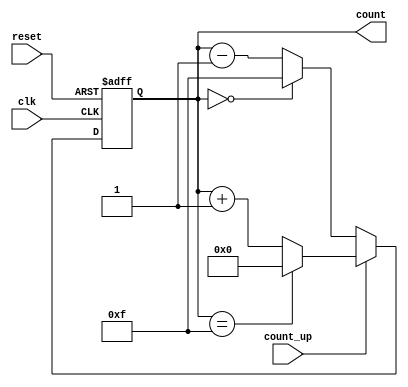
module multi_bit_counter #(
    parameter N = 4 // Bit width of the counter
) (
    input wire clk,              // Clock signal
    input wire reset,            // Asynchronous reset signal
    input wire count_up,         // Control signal to count up or down
    output reg [N-1:0] count     // N-bit counter output
);

// Maximum count value based on bit width
localparam MAX_COUNT = (1 << N) - 1;

always @(posedge clk or posedge reset) begin
    if (reset) begin
        count <= 0; // Reset counter to 0
    end else begin
        if (count_up) begin
            // Increment the counter with wrap around
            if (count == MAX_COUNT) begin
                count <= 0; // Wrap around to 0
            end else begin
                count <= count + 1; // Count up
            end
        end else begin
            // Decrement the counter with wrap around
            if (count == 0) begin
                count <= MAX_COUNT; // Wrap around to MAX_COUNT
            end else begin
                count <= count - 1; // Count down
            end
        end
    end
end

endmodule